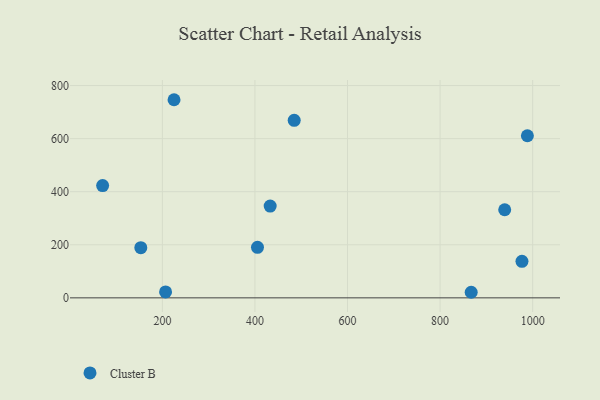
{"axis": {"x": "Price", "y": "Salary"}, "legend": ["Cluster B"], "data": [{"x": "405.5", "y": 190.3, "type": "Cluster B"}, {"x": "939.6", "y": 331.9, "type": "Cluster B"}, {"x": "988.6", "y": 610.9, "type": "Cluster B"}, {"x": "867.2", "y": 21.0, "type": "Cluster B"}, {"x": "484.8", "y": 668.9, "type": "Cluster B"}, {"x": "153.4", "y": 188.9, "type": "Cluster B"}, {"x": "976.9", "y": 137.7, "type": "Cluster B"}, {"x": "206.9", "y": 22.4, "type": "Cluster B"}, {"x": "225.2", "y": 746.6, "type": "Cluster B"}, {"x": "432.9", "y": 345.8, "type": "Cluster B"}, {"x": "70.9", "y": 422.9, "type": "Cluster B"}]}